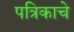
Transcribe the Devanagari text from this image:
पत्रिकाचे